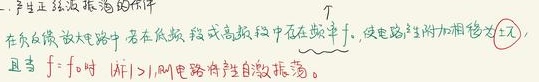
1. 产生正弦波振荡的条件：在负反馈放大电路中，若在低频段或高频段中存在频率\(f\)，使电路产生附加相移为\(\pi\)，且当\(f = f_0\)时，\(|\dot{A}\dot{F}| > 1\)，则电路将产生自激振荡。